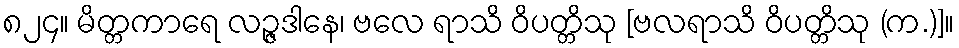
၈၂၄။ မိတ္တကာရေ လဉ္ဇဒါနေ၊ ဗလေ ရာသိ ဝိပတ္တိသု [ဗလရာသိ ဝိပတ္တိသု (က.)]။